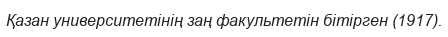
Қазан университетінің заң факультетін бітірген (1917).